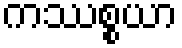
ကဿစ္စယာ